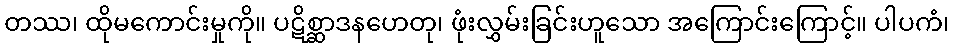
တဿ၊ ထိုမကောင်းမှုကို။ ပဋိစ္ဆာဒနဟေတု၊ ဖုံးလွှမ်းခြင်းဟူသော အကြောင်းကြောင့်။ ပါပကံ၊